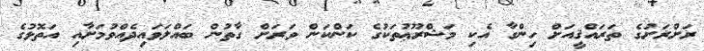
ރަށްރަށުގެ ތަރައްޤީއަށް ހިންގާ އެކި މަޝްރޫޢުތަކުގެ ކަންކަން ވަރަށް ގާތުން ބައްލަވައިދެއްވުމަށާއި އަތޮޅުގެ